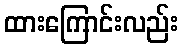
ထားကြောင်းလည်း